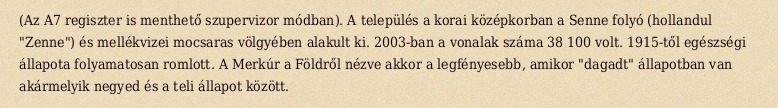
(Az A7 regiszter is menthető szupervizor módban). A település a korai középkorban a Senne folyó (hollandul "Zenne") és mellékvizei mocsaras völgyében alakult ki. 2003-ban a vonalak száma 38 100 volt. 1915-től egészségi állapota folyamatosan romlott. A Merkúr a Földről nézve akkor a legfényesebb, amikor "dagadt" állapotban van akármelyik negyed és a teli állapot között.